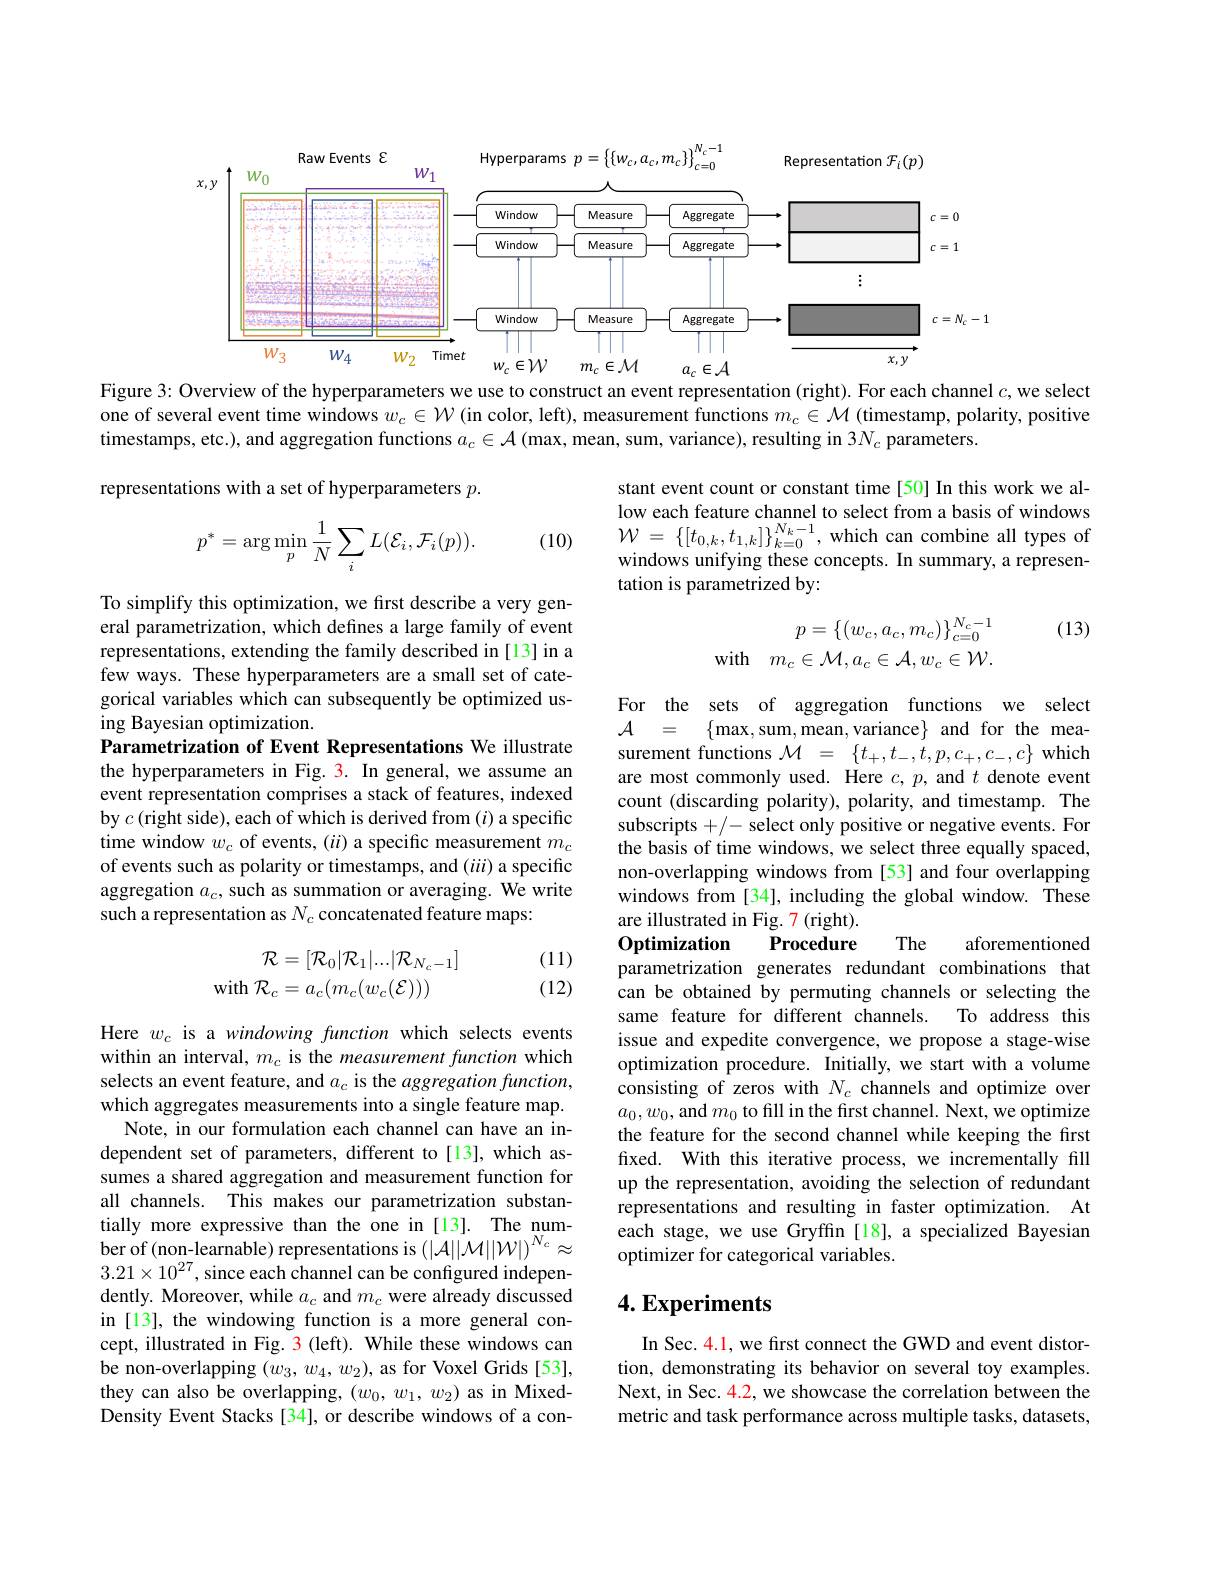
<FigureHere>
Figure 3: Overview of the hyperparameters we use to construct an event representation (right). For each channel $c$, we select

one of several event time windows $w_c\in\mathcal{W}$ (in color, left), measurement functions $m_c\in\mathcal{M}$ (timestamp, polarity, positive
timestamps, etc.), and aggregation functions $a_c\in \mathcal{A} \left ( \text{max, mean, sum, variance) , resulting in 3}N_c\text{ parameters. }\right )$

representations with a set of hyperparameters $p.$

stant event count or constant time[50] In this work we allow each feature channel to select from a basis of windows $\mathcal{W}=\left\{[t_{0,k},t_{1,k}]\right\}_{k=0}^{N_{k}-1}$,which can combine all types of windows unifying these concepts. In summary, a representation is parametrized by:

(10)
$$p^{*}=\arg\min_{p}\frac{1}{N}\sum_{i}L(\mathcal{E}_{i},\mathcal{F}_{i}(p)).$$
(13)
$$\begin{array}{rl}&p=\{(w_c,a_c,m_c)\}_{c=0}^{N_c-1}\\\text{with}&m_c\in\mathcal{M},a_c\in\mathcal{A},w_c\in\mathcal{W}.\end{array}$$
To simplify this optimization, we first describe a very general parametrization, which defines a large family of event representations, extending the family described in [13] in a few ways. These hyperparameters are a small set of categorical variables which can subsequently be optimized using Bayesian optimization.
Parametrization of Event Representations We illustrate the hyperparameters in Fig. 3. In general, we assume an event representation comprises a stack of features, indexed by $c$ (right side), each of which is derived from ($i$) a specific time window $w_c$ of events, (ii) a specific measurement $m_c$ of events such as polarity or timestamps, and (iii) a specific aggregation $a_c$, such as summation or averaging. We write such a representation as $N_c$ concatenated feature maps:

For the sets of aggregation functions we select
$A$ =
$\{\max,\sup,\max,\max$,mean,variance$\}$ and for the mea-
surement functions $\mathcal{M}=\{t_+,t_-,t,p,c_+,c_-,c\}$ which are most commonly used. Here $c,p$, and $t$ denote event count (discarding polarity), polarity, and timestamp. The subscripts +/- select only positive or negative events. For the basis of time windows, we select three equally spaced, non-overlapping windows from [53] and four overlapping windows from [34], including the global window. These are illustrated in Fig. 7 (right).
Optimization
The
Procedure
aforementioned

parametrization generates redundant combinations that
$$\begin{aligned}\mathcal{R}&=[\mathcal{R}_0|\mathcal{R}_1|...|\mathcal{R}_{N_c-1}]\\\mathrm{with}\:\mathcal{R}_c&=a_c(m_c(w_c(\mathcal{E})))\end{aligned}$$
(11) (12)

can be obtained by permuting channels or selecting the
same feature for different channels.
To address this
issue and expedite convergence, we propose a stage-wise optimization procedure. Initially, we start with a volume consisting of zeros with $N_{c}$ channels and optimize over $a_0,w_0$,and $m_0$ to fill in the first channel. Next, we optimize the feature for the second channel while keeping the first fixed. With this iterative process, we incrementally fill up the representation, avoiding the selection of redundant representations and resulting in faster optimization. At each stage, we use Gryffin[18], a specialized Bayesian optimizer for categorical variables.

Here $w_c$ is a windowing function which selects events within an interval, $m_c$ is the measurement function which selects an event feature, and $a_c$ is the $aggregationfunction$, which aggregates measurements into a single feature map.
Note, in our formulation each channel can have an independent set of parameters, different to[13], which assumes a shared aggregation and measurement function for all channels. This makes our parametrization substantially more expressive than the one in [13]. The number of (non-learnable) representations is $(|\mathcal{A}||\mathcal{M}||\mathcal{W}|)^{N_{c}}\approx$ $3.21\times10^{27}$, since each channel can be configured independently. Moreover, while $a_c$ and $m_c$ were already discussed in [13], the windowing function is a more general concept, illustrated in Fig. 3 (left). While these windows can be non-overlapping $(w_3,w_4,w_2)$, as for Voxel Grids[53], they can also be overlapping, $(w_0,w_1,w_2)$ as in MixedDensity Event Stacks [34], or describe windows of a con-

## $4. \textbf{Experiments}$

In Sec. 4.1, we first connect the GWD and event distortion, demonstrating its behavior on several toy examples. Next, in Sec. 4.2, we showcase the correlation between the metric and task performance across multiple tasks, datasets,